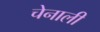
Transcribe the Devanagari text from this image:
चेनाली